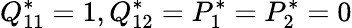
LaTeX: Q_{11}^{*}=1,Q_{12}^{*}=P_{1}^{*}=P_{2}^{*}=0